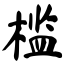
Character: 榄